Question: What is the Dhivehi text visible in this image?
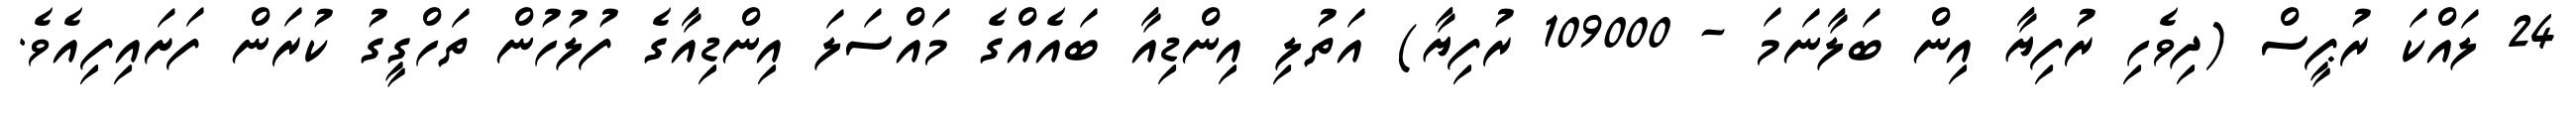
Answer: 24 ލައްކަ ރުޕީސް (ދިވެހި ރުފިޔާ އިން ބަލާނަމަ - 109000 ރުފިޔާ) އަތުލި އިންޑިއާ ބައެއްގެ މައްސަލަ އިންޑިއާގެ ފުލުހުން ތަހްގީގު ކުރަން ފަށައިފިއެވެ.